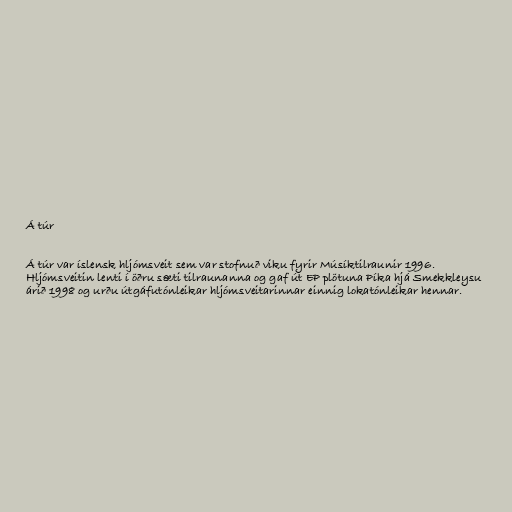
Á túr

Á túr var íslensk hljómsveit sem var stofnuð viku fyrir Músíktilraunir 1996.
Hljómsveitin lenti í öðru sæti tilraunanna og gaf út EP plötuna Píka hjá Smekkleysu
árið 1998 og urðu útgáfutónleikar hljómsveitarinnar einnig lokatónleikar hennar.